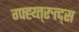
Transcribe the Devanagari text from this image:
ग्फ्ह्य्त्रुत्द्स